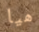
هيا